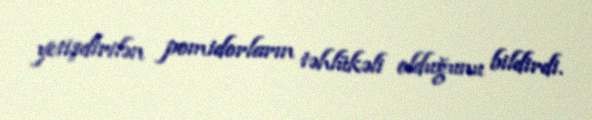
yetişdirilən pomidorların təhlükəli olduğunu bildirdi.